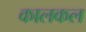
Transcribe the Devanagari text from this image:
कालकल